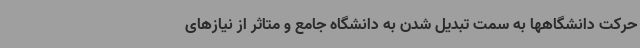
حرکت دانشگاهها به سمت تبدیل شدن به دانشگاه جامع و متاثر از نیازهای